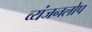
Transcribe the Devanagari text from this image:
व्यंजनलोप